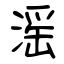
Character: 滛